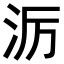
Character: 𪵱